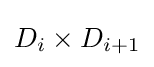
D_{i}\times D_{i+1}